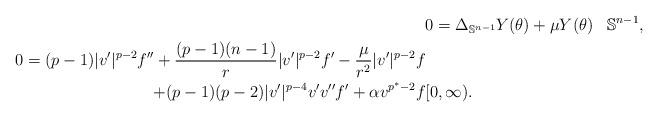
\begin{align*}&0=\Delta_{\mathbb{S}^{n-1}}Y(\theta) + \mu Y(\theta)& \mathbb{S}^{n-1},\\0=(p-1) |v'|^{p-2} f'' + \frac{(p-1)(n-1)}{r} |v'|^{p-2} f' -\frac{\mu}{r^2}|v'|^{p-2} f \\+(p-1)(p-2)|v'|^{p-4} v'v'' f' +\alpha v^{p^*-2}f & [0,\infty).\end{align*}